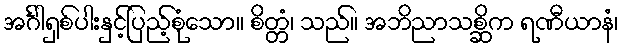
အင်္ဂါရှစ်ပါးနှင့်ပြည့်စုံသော။ စိတ္တံ၊ သည်။ အဘိညာသစ္ဆိက ရဏီယာနံ၊